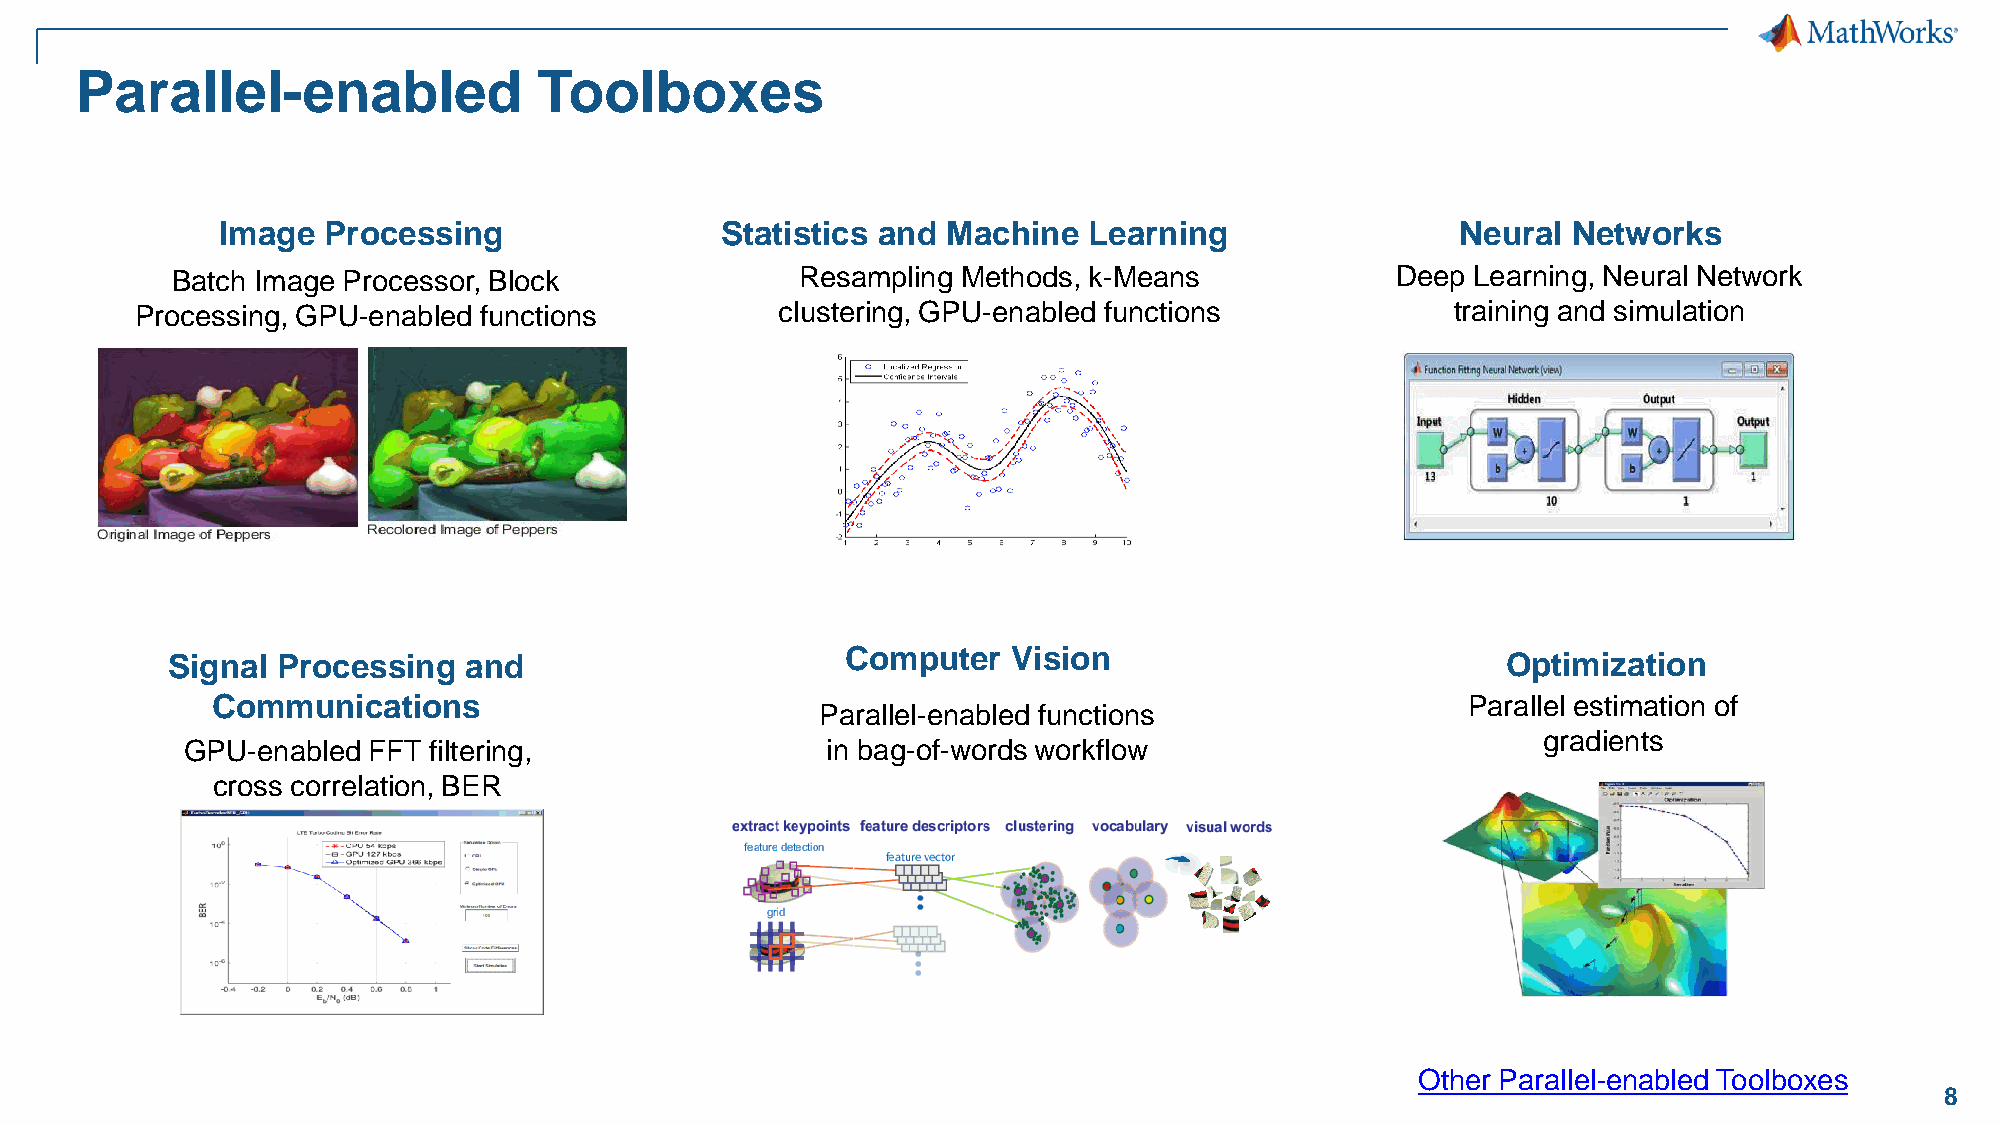
Parallel-enabled               Toolboxes
 Image  Processing                 Statistics and Machine  Learning                 Neural Networks
 Batch Image Processor, Block              Resampling Methods, k-Means            Deep Learning, Neural Network
 Processing, GPU-enabled functions          clustering, GPU-enabled functions           training and simulation
 Signal Processing   and                      Computer   Vision                           Optimization
 Communications                                                                     Parallel estimation of
 Parallel-enabled functions
 gradients
 GPU-enabled FFT filtering,                 in bag-of-words workflow
 cross correlation, BER
 simulations
 Other Parallel-enabled Toolboxes
 8